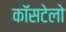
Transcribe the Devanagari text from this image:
कॉसटेलो